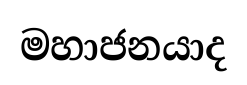
මහාජනයාද